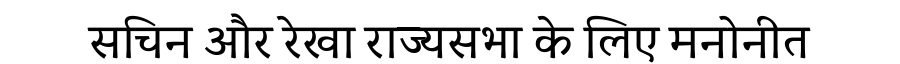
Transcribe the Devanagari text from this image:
सचिन और रेखा राज्यसभा के लिए मनोनीत